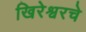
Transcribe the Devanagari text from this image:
खिरेश्वरचे